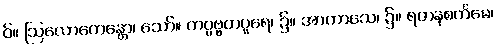
ဝ်။ ဩလောကေန္တော၊ သော်။ တပ္ပဗ္ဗတပူရေ၊ ၌။ အာကာသေ၊ ၌။ ရတနစင်္ကမေ၊